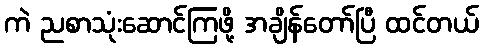
ကဲ ညစာသုံးဆောင်ကြဖို့ အချိန်တော်ပြီ ထင်တယ်